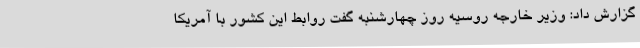
گزارش داد: وزیر خارجه روسیه روز چهارشنبه گفت روابط این کشور با آمریکا